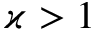
\varkappa > 1